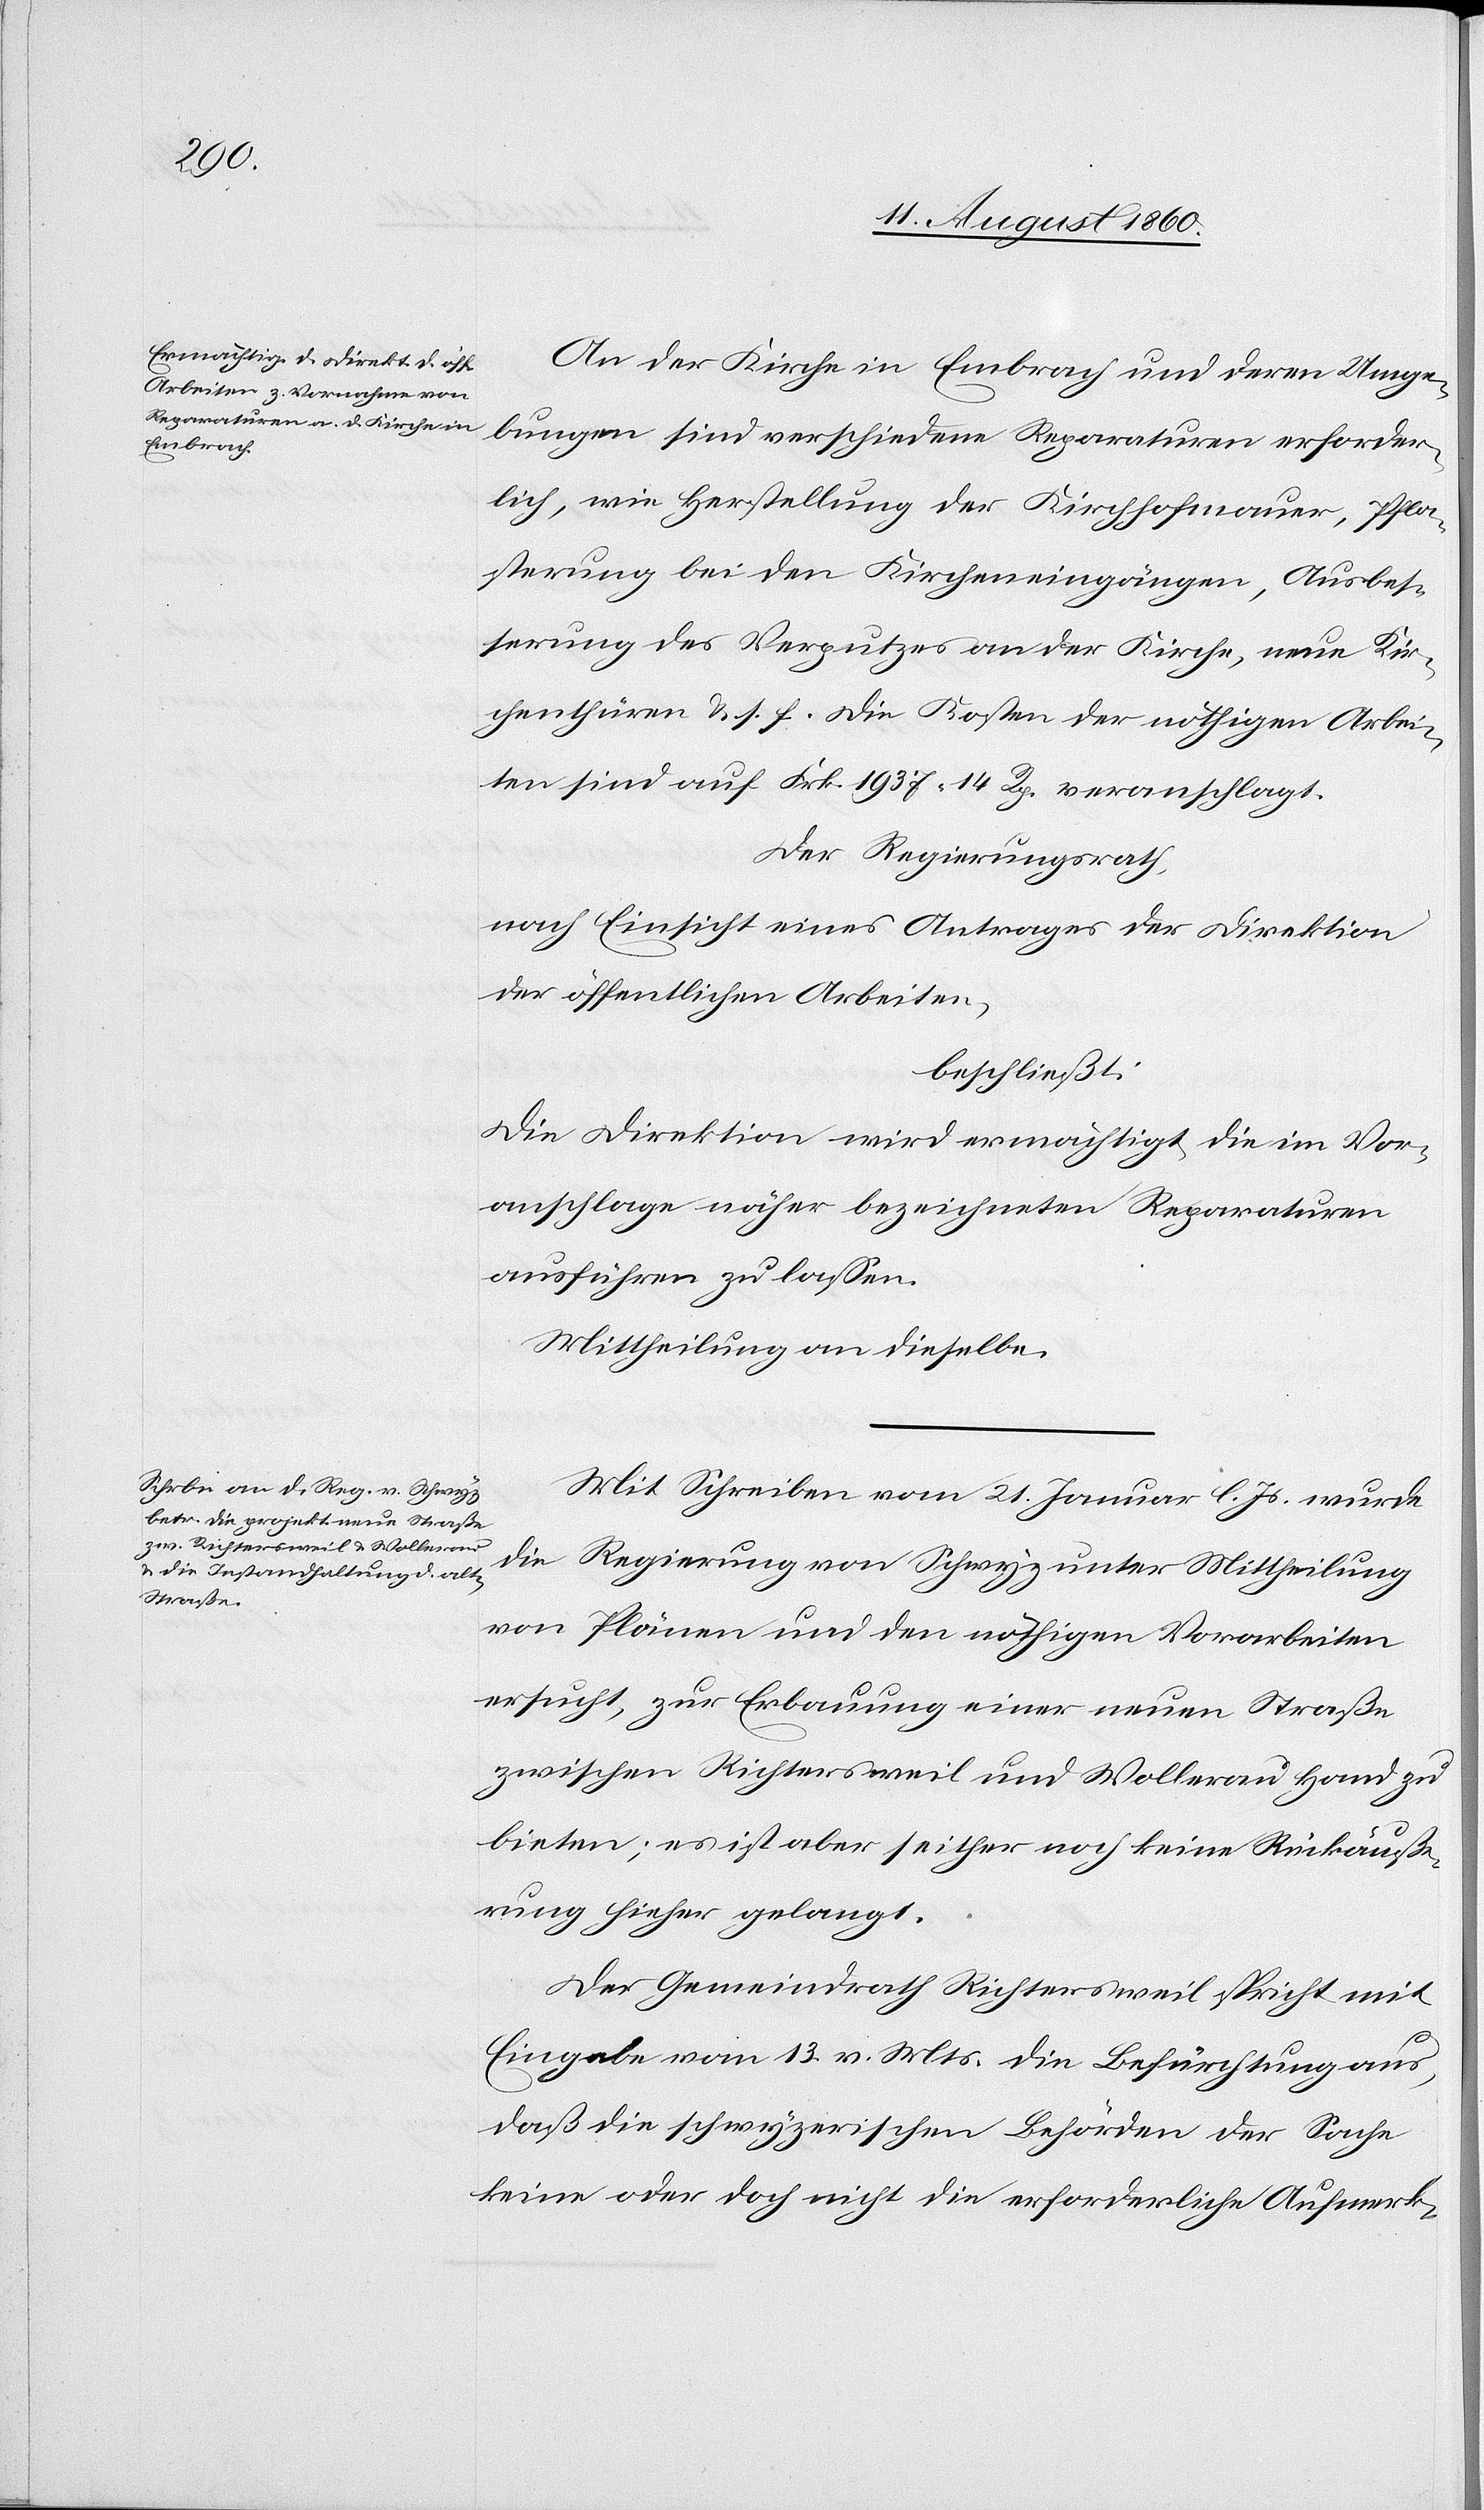
An der Kirche in Embrach und deren Umge¬
bung sind verschiedene Reparaturen erforder¬
lich, die Herstellung der Kirchhofmauer, Pfla¬
sterung bei den Kircheingängen, Ausbes¬
serung des Verputzes an der Kirche, neue Kir¬
chenthüren u. s. f. Die Kosten der nöthigen Arbei¬
ten sind auf Frk. 1937. 14C veranschlagt.
Der Regierungsrath,
nach Einsicht eines Antrages der Direktion
der öffentlichen Arbeiten,
beschließt
Die Direktion wird ermächtigt, die im Vor¬
anschlage näher bezeichneten Reparaturen
ausführen zu lassen.
Mittheilung an dieselben.
Mit Schreiben vom 21. Jenner l. Js. wurde
die Regierung von Schwyz unter Mittheilung
von Plänen und den nöthigen Vorarbeiten
ersucht, zur Erbauung einer neuen Straße
zwischen Richtersweil und Wollerau Hand zu
bieten; es ist aber seither noch keine Rückäusse¬
rung hieher gelangt.
Der Gemeindrath Richtersweil spricht mit
Eingabe vom 13. v. Mts. die Befürchtung aus,
dass die schwyzerischen Behörden der Sache
keine oder doch nicht die erforderliche Aufmerk-